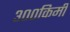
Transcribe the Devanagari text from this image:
३००किमी